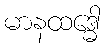
မာနထဒ္ဓေါ